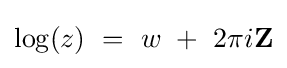
\log(z)\ =\ w\ +\ 2\pi i\mathbf {Z}